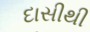
દાસીથી